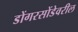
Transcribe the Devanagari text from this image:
डोंगरसोंडेवरील